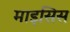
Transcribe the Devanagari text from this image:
माइसिस